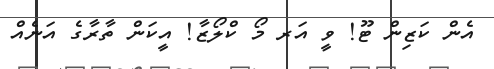
އެން ކަޒިން ޓޫ! ވީ އަރ މޯ ކްލޯޒާ! އީކަން ތާރާގެ އަނެއް